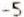
-5